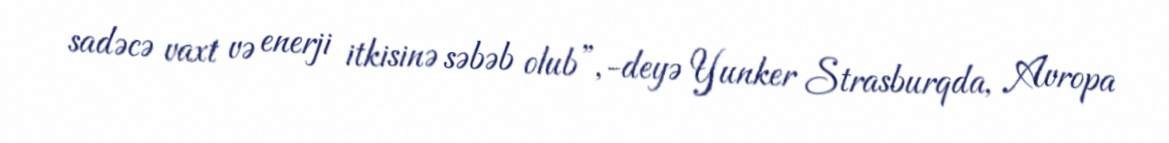
sadəcə vaxt və enerji itkisinə səbəb olub”,-deyə Yunker Strasburqda, Avropa